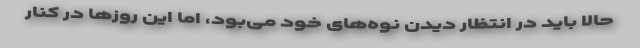
حالا باید در انتظار دیدن نوه‌های خود می‌بود، اما این روزها در کنار